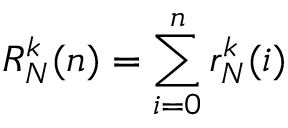
R _ { N } ^ { k } ( n ) = \sum _ { i = 0 } ^ { n } r _ { N } ^ { k } ( i )